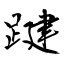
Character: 踺